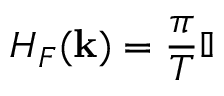
H _ { F } ( { \bf k } ) = \frac { \pi } { T } \mathbb { I }